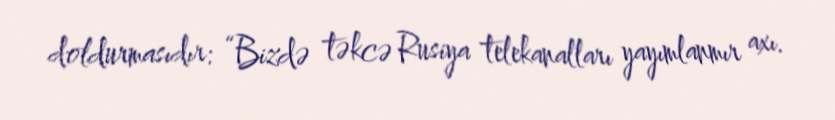
doldurmasıdır: “Bizdə təkcə Rusiya telekanalları yayımlanmır axı.